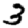
Digit: 3